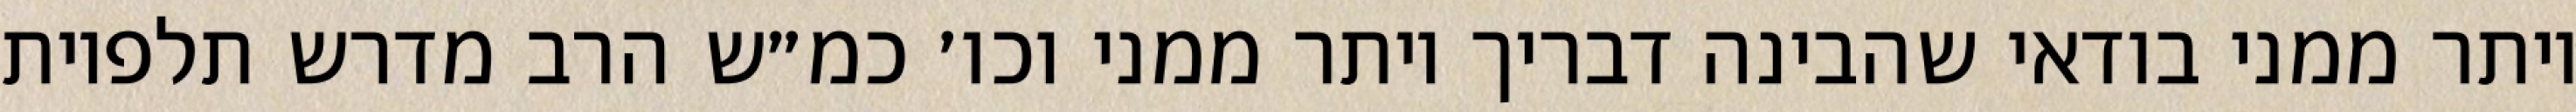
יותר ממני בודאי שהבינה דבריך יותר ממני וכו׳ כמ״ש הרב מדרש תלפיות